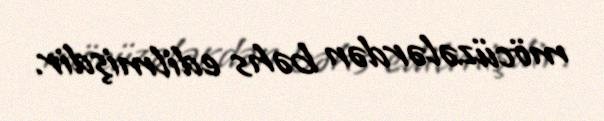
möcüzələrdən bəhs edilmişdir.